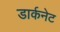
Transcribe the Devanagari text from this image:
डार्कनेट